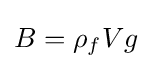
B=\rho _{f}Vg